Tartu_pedagoogiumi_aruanded, lk 17
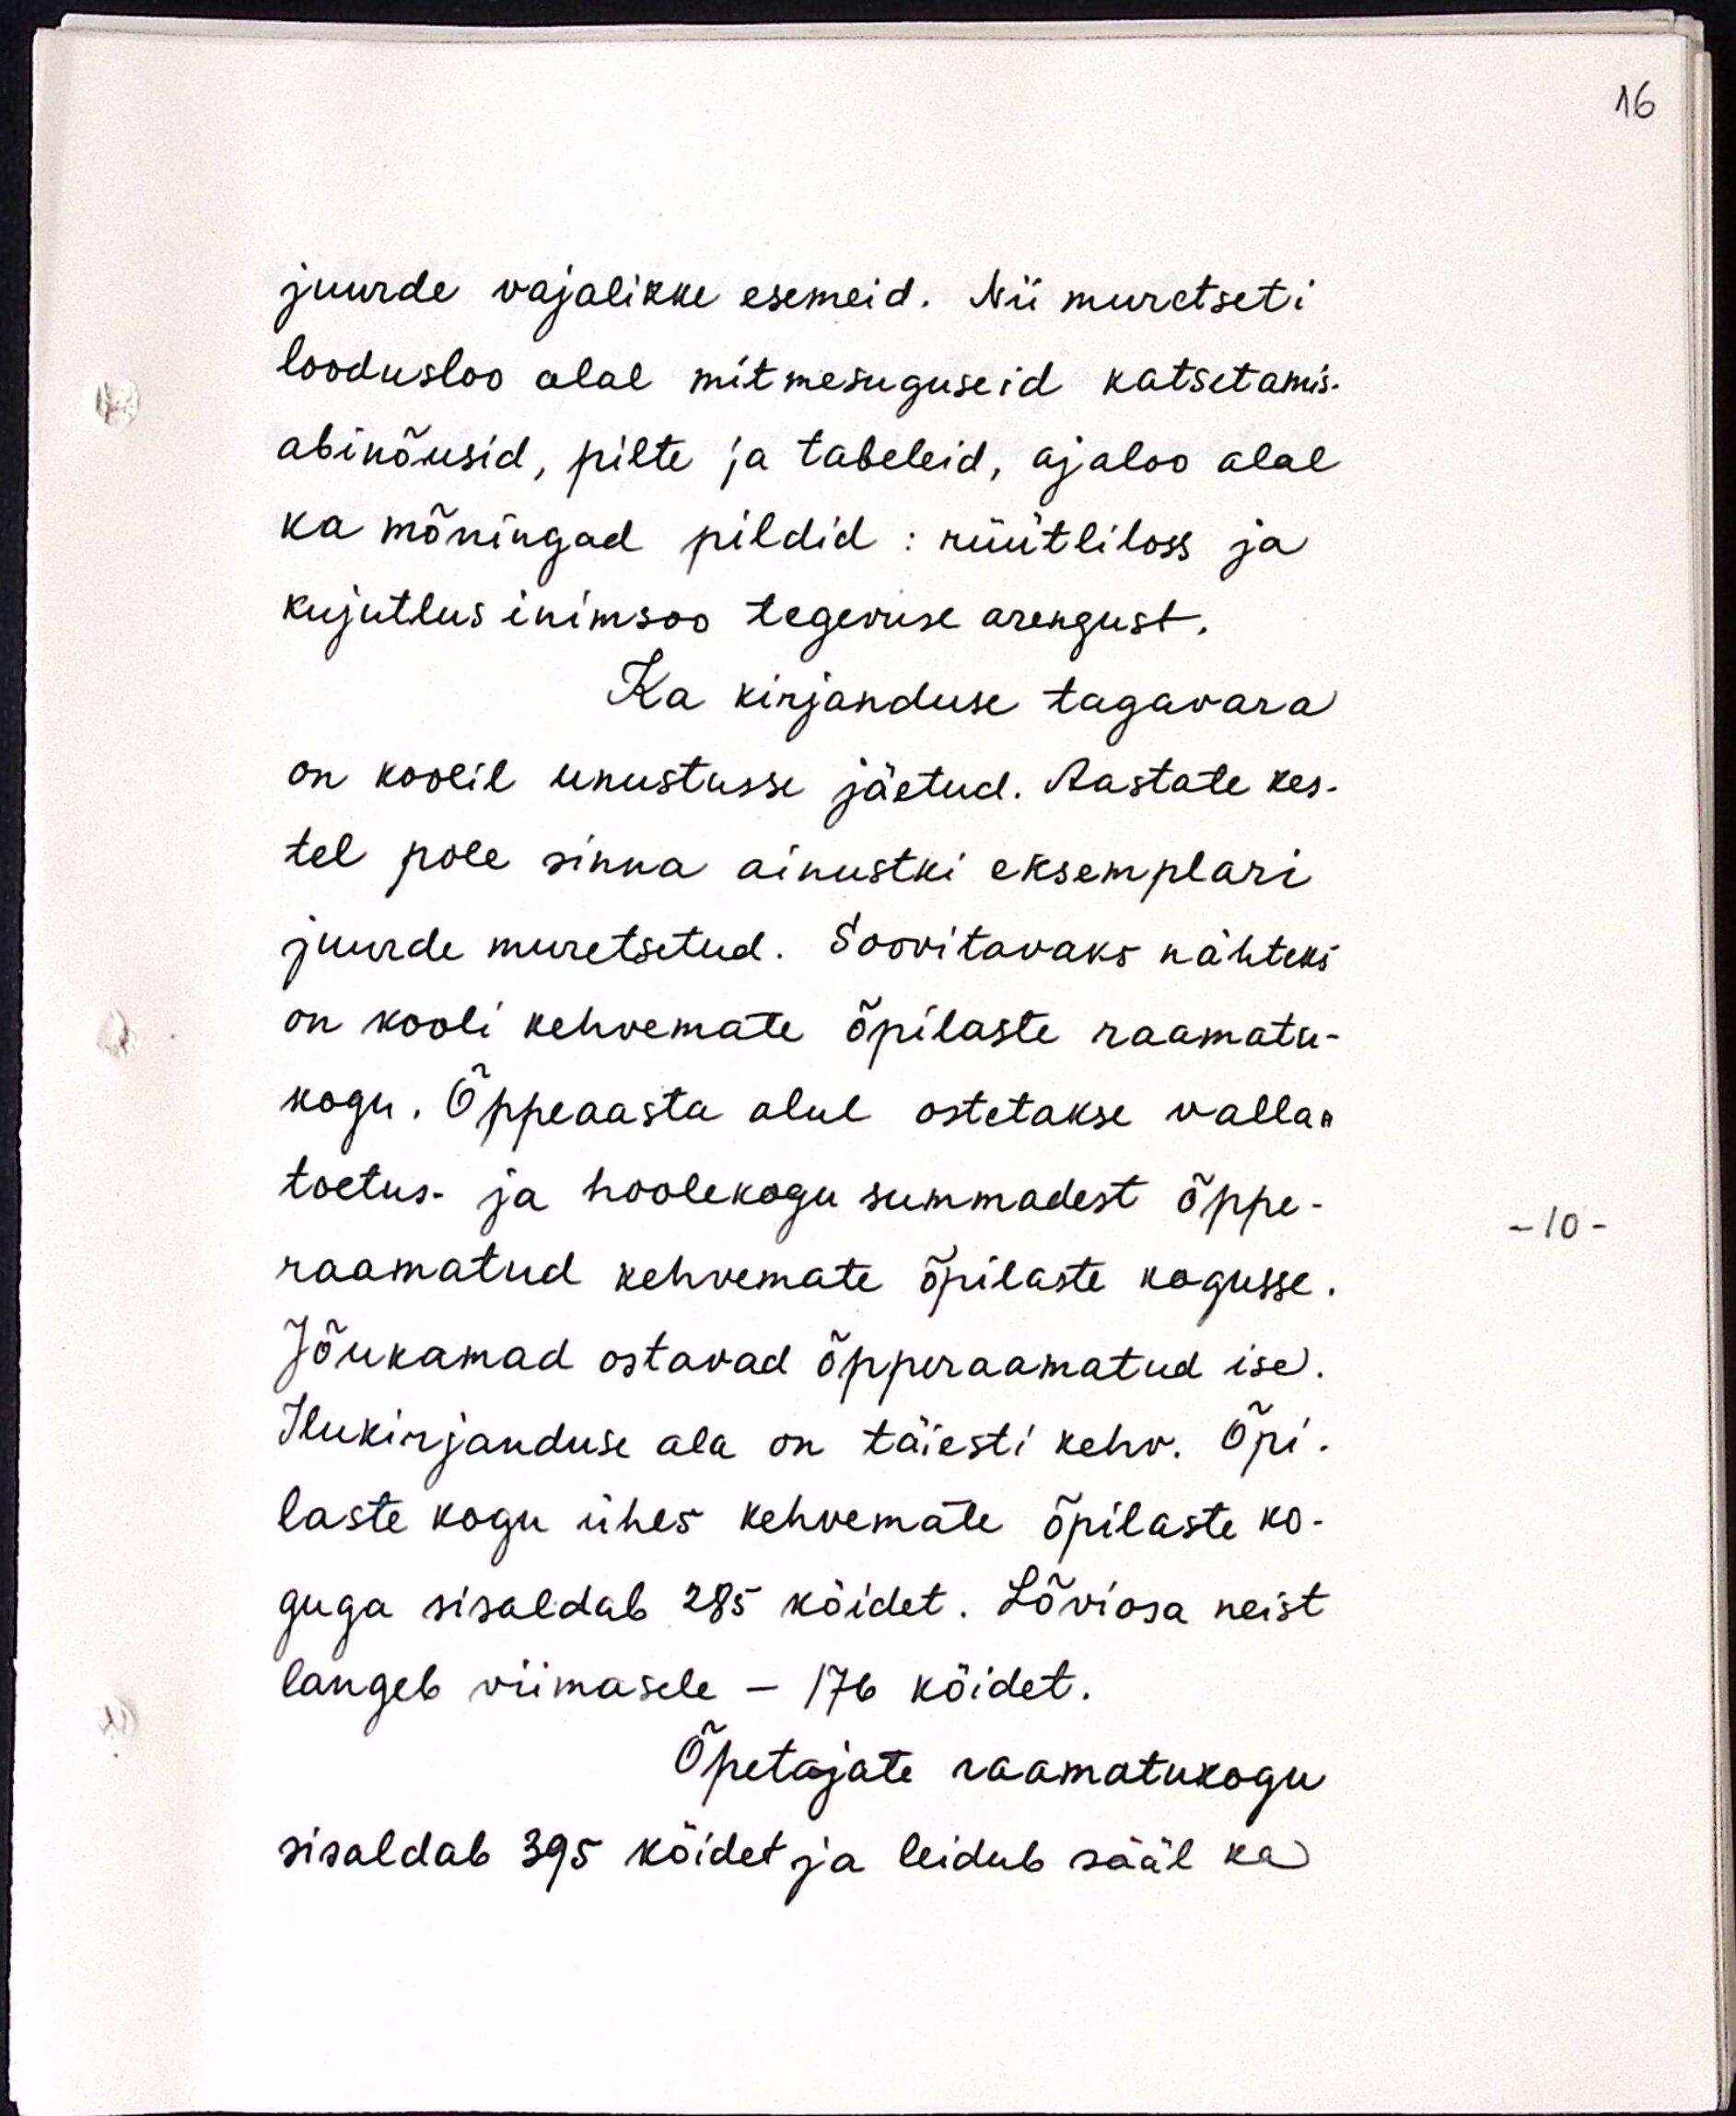
juurde vajalikke esemeid. Nii muretseti
loodusloo alal mitmesuguseid katsetamis-
abinõusid, pilte ja tabeleid, ajaloo alal
ka mõningad pildid: rüütliloss ja
kujutlus inimsoo tegevuse arengust.
Ka kirjanduse tagavara
on koolil unustusse jäetud. Aastate kes-
tel pole sinna ainustki eksemplari
juurde muretsetud. Soovitavaks nähteks
on kooli kehvemate õpilaste raamatu-
kogu. Õppeaasta alul ostetakse vallas
toetus- ja hoolekogu summadest õppe-
raamatud kehvemate õpilaste kogusse.
Jõukamad ostavad õpperaamatud ise.
Ilukirjanduse ala on täiesti kehv. Õpi-
laste kogu ühes kehvemate õpilaste ko-
guga sisaldab 285 köidet. Lõviosa neist
langeb viimasele - 176 köidet.
Õpetajate raamatukogu
sisaldab 395 köidet ja leidub sääl ka